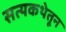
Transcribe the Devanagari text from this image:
सत्यकथेतून